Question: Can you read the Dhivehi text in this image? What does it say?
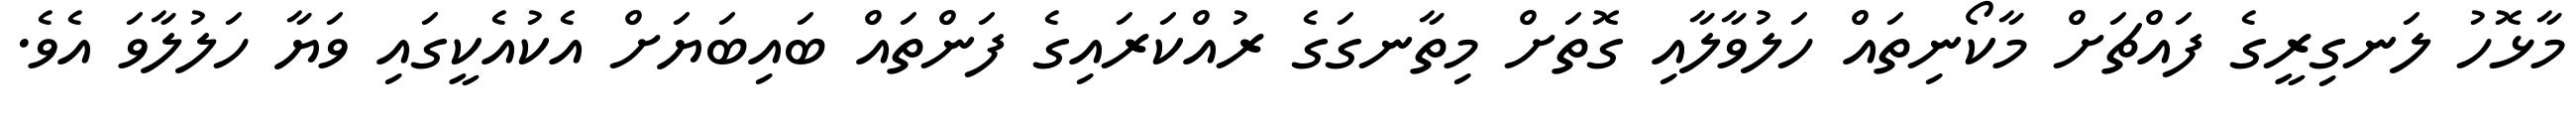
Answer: މާޅޮހު ލަނގިރީގެ ފައްޗަށް މާކޯނިތައް ހަލުވާލާއި ގޮތަށް މިތާނގަގެ ރުއްކަރައިގެ ފަންތައް ބައިބަޔަށް އެކުއެކީގައި ވަޔާ ހަލުލާވަ އެވެ.